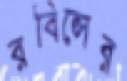
রবিন্সের